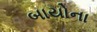
બાયોના